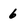
Character: 6